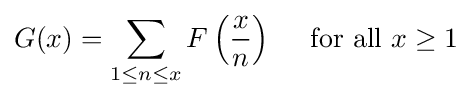
G(x)=\sum _{1\leq n\leq x}F\left({\frac {x}{n}}\right)\quad {\mbox{ for all }}x\geq 1